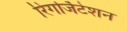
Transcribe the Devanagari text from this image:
रिगर्जिटेशन